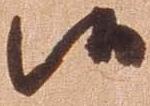
候